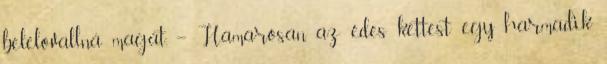
belelovallná magát. – Hamarosan az édes kettest egy harmadik